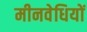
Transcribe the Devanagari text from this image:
मीनवेधियों